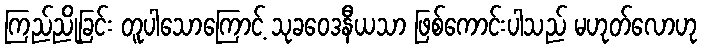
ကြည်ညိုခြင်း တူပါသောကြောင့် သုခဝေဒနီယသာ ဖြစ်ကောင်းပါသည် မဟုတ်လောဟု